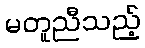
မတူညီသည့်